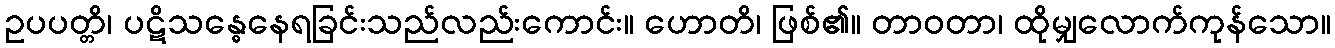
ဥပပတ္တိ၊ ပဋိသန္ဓေနေရခြင်းသည်လည်းကောင်း။ ဟောတိ၊ ဖြစ်၏။ တာဝတာ၊ ထိုမျှလောက်ကုန်သော။